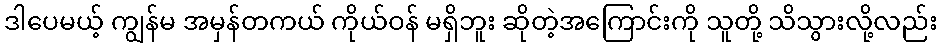
ဒါပေမယ့် ကျွန်မ အမှန်တကယ် ကိုယ်ဝန် မရှိဘူး ဆိုတဲ့အကြောင်းကို သူတို့ သိသွားလို့လည်း